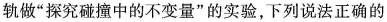
轨做”探究碰撞中的不变量”的实验，下列说法正确的